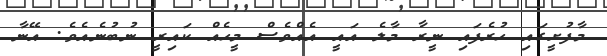
މާފުށީގައި ހުރެފައި ނީރާ މާލެ އައީ އެއްވެސް މީހެއް ކައިރީ ނުބުނެއެވެ. އޭނާ